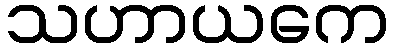
သဟာယကေ